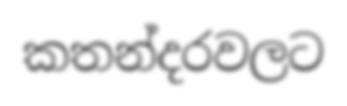
කතන්දරවලට